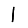
Digit: 1